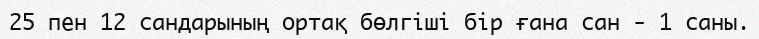
25 пен 12 сандарының ортақ бөлгіші бір ғана сан - 1 саны.